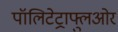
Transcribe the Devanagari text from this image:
पॉलिटेट्राफ्लुओर